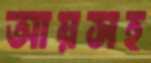
আয়সহ